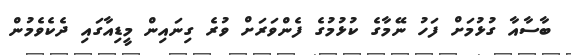
ބާސާއާ ގުޅުމަށް ފަހު ނޭމާގެ ކުޅުމުގެ ފެންވަރަށް ވުރެ ގިނައިން މީޑިއާގައި ދެކެވެމުން